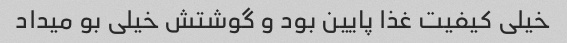
خیلی کیفیت غذا پایین بود و گوشتش خیلی بو میداد